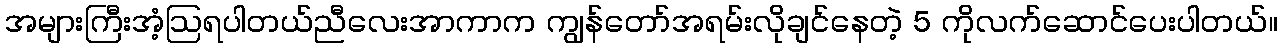
အများကြီးအံ့ဩရပါတယ်ညီလေးအာကာက ကျွန်တော်အရမ်းလိုချင်နေတဲ့ 5 ကိုလက်ဆောင်ပေးပါတယ်။